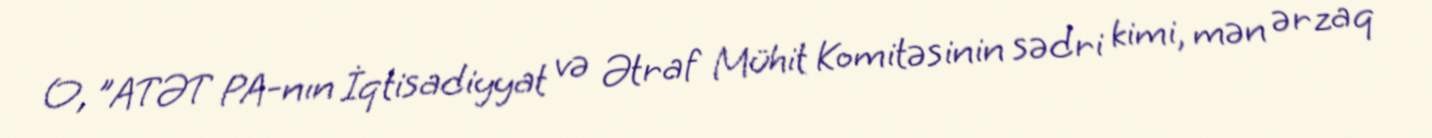
O, "ATƏT PA-nın İqtisadiyyat və Ətraf Mühit Komitəsinin sədri kimi, mən ərzaq